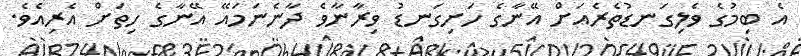
އެ ބިމުގެ ވެލިގަނޑުތެރެއަށް އޭނާގެ ހަށިގަނޑު ވިރާނާވެ ދާނެނަމައޭ އޭނާގެ ހިތަށް އެރިއެވެ.